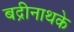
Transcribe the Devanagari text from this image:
बद्रीनाथके